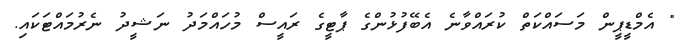
" އެމްޑީޕީން މަސައްކަތް ކުރައްވާނެ އެބޭފުޅުންގެ ޕާޓީގެ ރައީސް މުހައްމަދު ނަޝީދު ނެރުމައްޓަކައި.